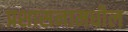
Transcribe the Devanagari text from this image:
प्रशासनामधील